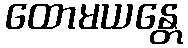
ထောမယန္တေ